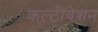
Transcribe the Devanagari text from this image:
कल्टीवेशन